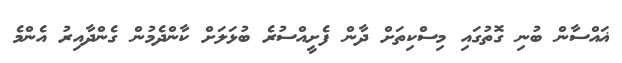
ޣައްސާން ބުނި ގޮތުގައި މިސްކިތަށް ދާން ފެށީއްސުރެ ބުޅަލަށް ކާންދެމުން ގެންދާއިރު އެންމެ